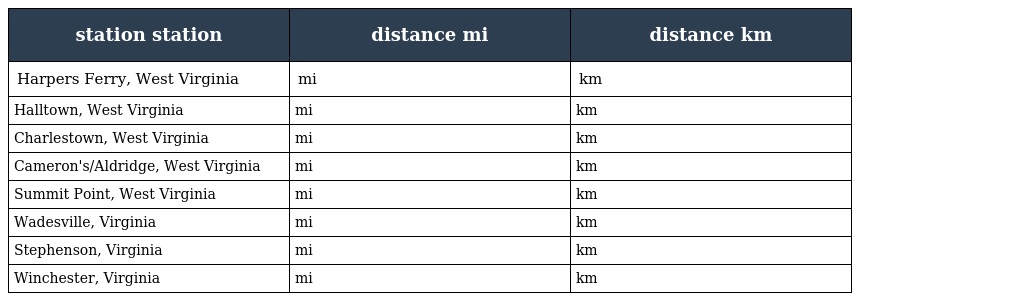
| station station | distance mi | distance km |
 | --- | --- | --- |
 | Harpers Ferry, West Virginia | mi | km |
 | Halltown, West Virginia | mi | km |
 | Charlestown, West Virginia | mi | km |
 | Cameron's/Aldridge, West Virginia | mi | km |
 | Summit Point, West Virginia | mi | km |
 | Wadesville, Virginia | mi | km |
 | Stephenson, Virginia | mi | km |
 | Winchester, Virginia | mi | km |